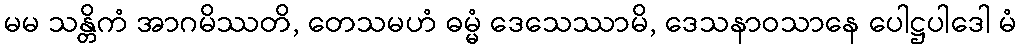
မမ သန္တိကံ အာဂမိဿတိ, တေသမဟံ ဓမ္မံ ဒေသေဿာမိ, ဒေသနာဝသာနေ ပေါဋ္ဌပါဒေါ မံ